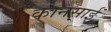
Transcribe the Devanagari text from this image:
कानसाई